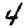
Digit: 4